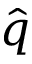
\hat { q }